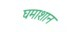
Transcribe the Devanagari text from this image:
घमाशान